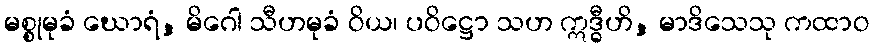
မစ္စုမုခံ ဃောရံ, မိဂေါ သီဟမုခံ ဝိယ၊ ပဝိဋ္ဌော သဟ ဣဒ္ဓီဟိ, မာဒိသေသု ကထာဝ